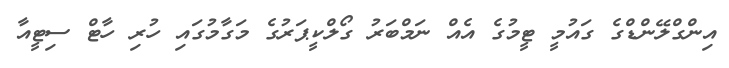
އިންގްލޭންޑްގެ ގައުމީ ޓީމުގެ އެއް ނަމްބަރު ގޯލްކީޕަރުގެ މަގާމުގައި ހުރި ހާޓް ސިޓީއާ